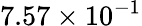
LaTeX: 7.57\times 10^{-1}